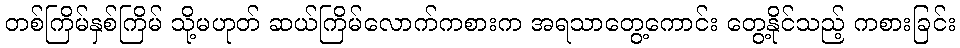
တစ်ကြိမ်နှစ်ကြိမ် သို့မဟုတ် ဆယ်ကြိမ်လောက်ကစားက အရသာတွေ့ကောင်း တွေ့နိုင်သည့် ကစားခြင်း